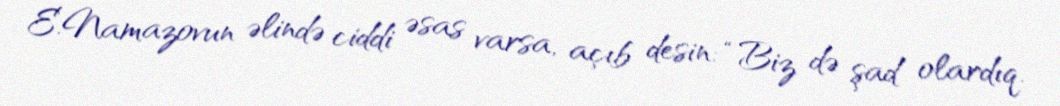
E.Namazovun əlində ciddi əsas varsa, açıb desin: “Biz də şad olardıq.